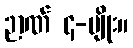
ဉာဏ် ၄-မျိုး။